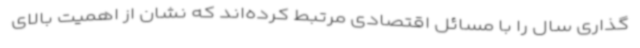
‌گذاری سال را با مسائل اقتصادی مرتبط کرده‌اند که نشان از اهمیت بالای